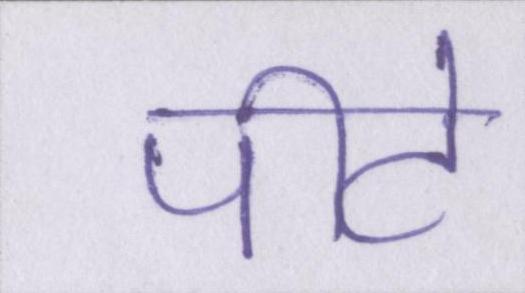
पीटे